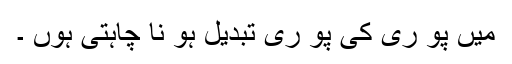
میں پو ری کی پو ری تبدیل ہو نا چاہتی ہوں ۔